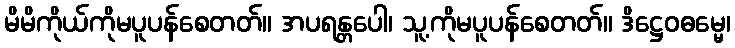
မိမိကိုယ်ကိုမပူပန်စေတတ်။ အပရန္တပေါ၊ သူ့ကိုမပူပန်စေတတ်။ ဒိဋ္ဌေဝဓမ္မေ၊